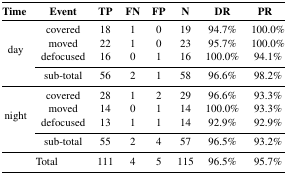
| Time | Event | TP | FN | FP | N | DR | PR |
 | --- | --- | --- | --- | --- | --- | --- | --- |
 | <ROWSPAN=5> day | covered | 18 | 1 | 0 | 19 | 94.7% | 100.0% |
 | moved | 22 | 1 | 0 | 23 | 95.7% | 100.0% |
 | defocused | 16 | 0 | 1 | 16 | 100.0% | 94.1% |
 | sub-total | 56 | 2 | 1 | 58 | 96.6% | 98.2% |
 | <ROWSPAN=5> night | covered | 28 | 1 | 2 | 29 | 96.6% | 93.3% |
 | moved | 14 | 0 | 1 | 14 | 100.0% | 93.3% |
 | defocused | 13 | 1 | 1 | 14 | 92.9% | 92.9% |
 | sub-total | 55 | 2 | 4 | 57 | 96.5% | 93.2% |
 | <COLSPAN=2> Total | 111 | 4 | 5 | 115 | 96.5% | 95.7% |